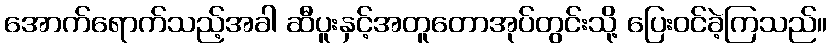
အောက်ရောက်သည့်အခါ ဆီပူးနှင့်အတူတောအုပ်တွင်းသို့ ပြေးဝင်ခဲ့ကြသည်။